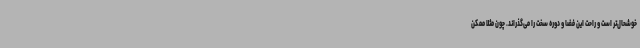
خوشحال‌تر است و راحت این فضا و دوره سخت را می‌گذراند. چون مثلاً ممکن